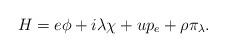
LaTeX: \begin{align*}H=e\phi+i\lambda\chi+up_e+\rho\pi_\lambda.\end{align*}